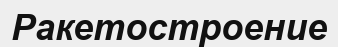
Ракетостроение